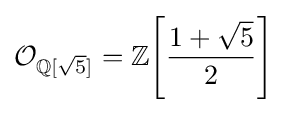
{\mathcal {O}}_{\mathbb {Q} [{\sqrt {5}}]}=\mathbb {Z} \!\left[{\frac {1+{\sqrt {5}}}{2}}\right]